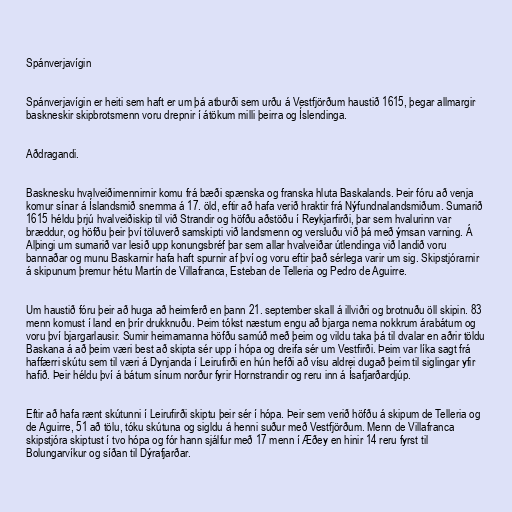
Spánverjavígin

Spánverjavígin er heiti sem haft er um þá atburði sem urðu á Vestfjörðum haustið 1615, þegar allmargir
baskneskir skipbrotsmenn voru drepnir í átökum milli þeirra og Íslendinga.

Aðdragandi.

Basknesku hvalveiðimennirnir komu frá bæði spænska og franska hluta Baskalands. Þeir fóru að venja
komur sínar á Íslandsmið snemma á 17. öld, eftir að hafa verið hraktir frá Nýfundnalandsmiðum. Sumarið
1615 héldu þrjú hvalveiðiskip til við Strandir og höfðu aðstöðu í Reykjarfirði, þar sem hvalurinn var
bræddur, og höfðu þeir því töluverð samskipti við landsmenn og versluðu við þá með ýmsan varning. Á
Alþingi um sumarið var lesið upp konungsbréf þar sem allar hvalveiðar útlendinga við landið voru
bannaðar og munu Baskarnir hafa haft spurnir af því og voru eftir það sérlega varir um sig. Skipstjórarnir
á skipunum þremur hétu Martín de Villafranca, Esteban de Telleria og Pedro de Aguirre.

Um haustið fóru þeir að huga að heimferð en þann 21. september skall á illviðri og brotnuðu öll skipin. 83
menn komust í land en þrír drukknuðu. Þeim tókst næstum engu að bjarga nema nokkrum árabátum og
voru því bjargarlausir. Sumir heimamanna höfðu samúð með þeim og vildu taka þá til dvalar en aðrir töldu
Baskana á að þeim væri best að skipta sér upp í hópa og dreifa sér um Vestfirði. Þeim var líka sagt frá
haffærri skútu sem til væri á Dynjanda í Leirufirði en hún hefði að vísu aldrei dugað þeim til siglingar yfir
hafið. Þeir héldu því á bátum sínum norður fyrir Hornstrandir og reru inn á Ísafjarðardjúp.

Eftir að hafa rænt skútunni í Leirufirði skiptu þeir sér í hópa. Þeir sem verið höfðu á skipum de Telleria og
de Aguirre, 51 að tölu, tóku skútuna og sigldu á henni suður með Vestfjörðum. Menn de Villafranca
skipstjóra skiptust í tvo hópa og fór hann sjálfur með 17 menn í Æðey en hinir 14 reru fyrst til
Bolungarvíkur og síðan til Dýrafjarðar.